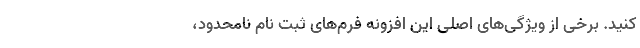
کنید. برخی از ویژگی‌های اصلی این افزونه فرم‌های ثبت نام نامحدود،